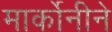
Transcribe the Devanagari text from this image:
मार्कोनीने